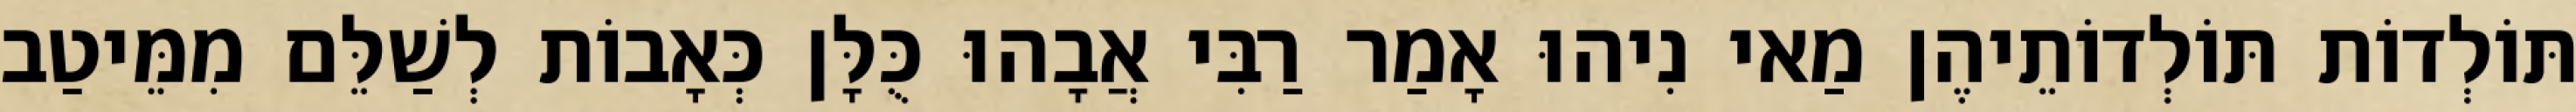
תּוֹלְדוֹת תּוֹלְדוֹתֵיהֶן מַאי נִיהוּ אָמַר רַבִּי אֲבָהוּ כֻּלָּן כְּאָבוֹת לְשַׁלֵּם מִמֵּיטַב